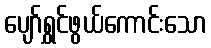
ပျော်ရွှင်ဖွယ်ကောင်းသော